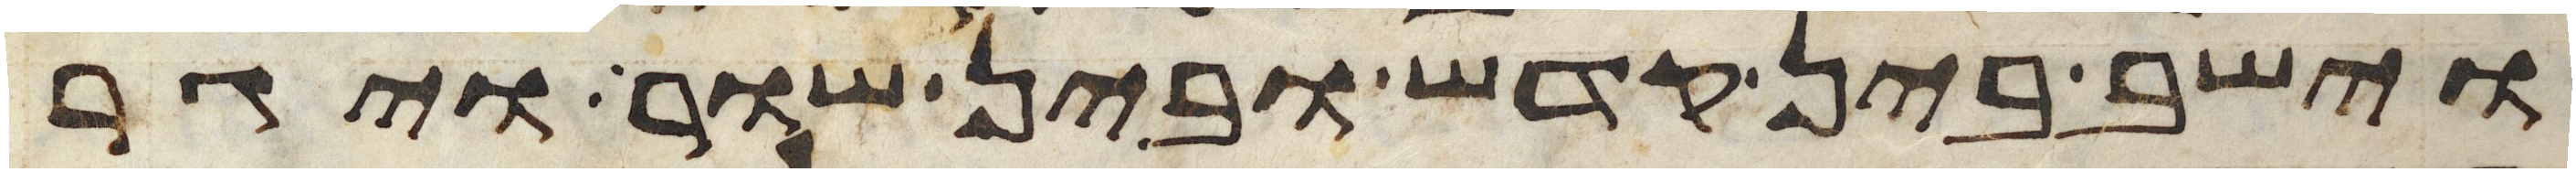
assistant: וישב בין קדש ובין שור ויגר